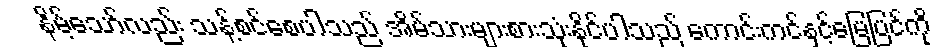
နိမ့်သော်လည်း သန့်စင်စေပါသည် အိမ်သားများစားသုံးနိုင်ပါသည် ကောင်းကင်နှင့်မြေပြင်ကို